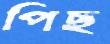
পিছ